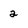
Character: 2